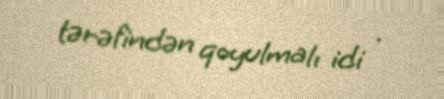
tərəfindən qoyulmalı idi .